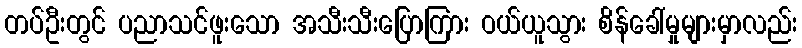
တပ်ဦးတွင် ပညာသင်ဖူးသော အသီးသီးပြောကြား ဝယ်ယူသွား စိန်ခေါ်မှုများမှာလည်း